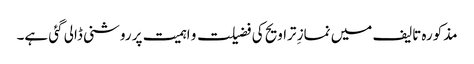
مذکورہ تالیف میں نمازِ تراویح کی فضیلت و اہمیت پر روشنی ڈالی گئی ہے۔